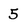
Character: 5